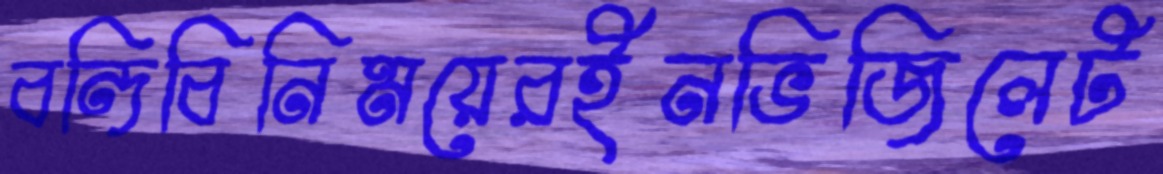
বন্দিবিনিময়েরইনভিজিলেট